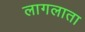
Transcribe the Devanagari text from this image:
लागलाता